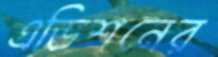
এডিশনের